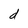
Character: d